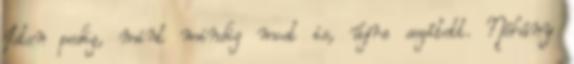
Isten pedig, mint mindig most is, újra segített. Néhány